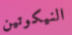
النيكوتين